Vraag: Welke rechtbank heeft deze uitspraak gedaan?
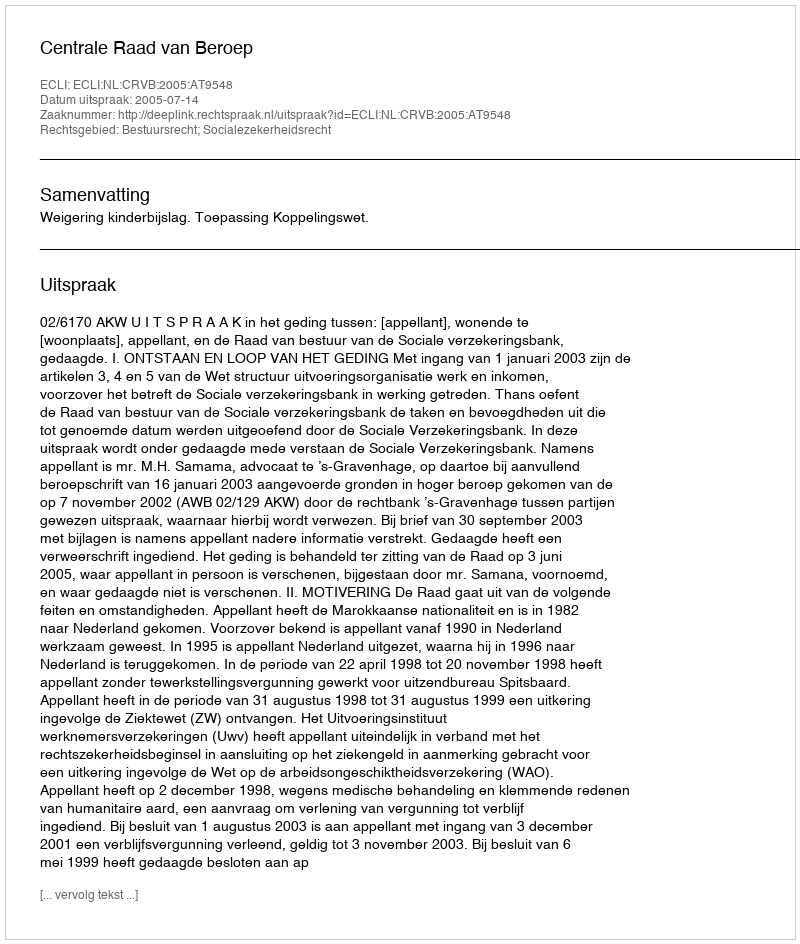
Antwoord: Centrale Raad van Beroep